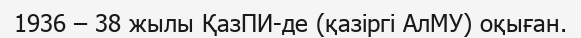
1936 – 38 жылы ҚазПИ-де (қазіргі АлМУ) оқыған.